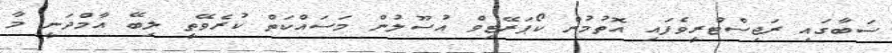
ސަބާގައި ރަޖިސްޓްރީވެފައި އޮތުމުން ކޯޕަރޭޓިވް އުސޫލުން މަސައްކަތް ކުރެވޭތީ ލިބޭ އާމްދަނީ މާ